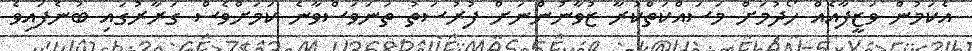
އެކަމުން ވަޒީފާއެއް ހޯދުމަށް މަސައްކަތްކުރާ ޒުވާނުންނަށް ފުރުސަތު ތަނަވަސްވާނެ ކަމަށްވެސް ގަރާރުގައި ބުނެފައިވެ